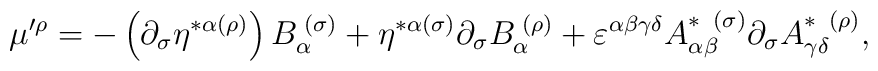
\mu ^{\prime \rho }=-\left( \partial _{\sigma }\eta ^{*\alpha (\rho)}\right) B_{\alpha }^{\;(\sigma )}+\eta ^{*\alpha (\sigma )}\partial_{\sigma }B_{\alpha }^{\;(\rho )}+\varepsilon ^{\alpha \beta \gamma \delta}A_{\alpha \beta }^{*\;\;(\sigma )}\partial _{\sigma }A_{\gamma \delta}^{*\;\;(\rho )},